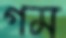
গম